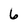
Character: 6